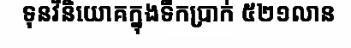
ទុនវិនិយោគក្នុងទឹកប្រាក់ ៥២១លាន